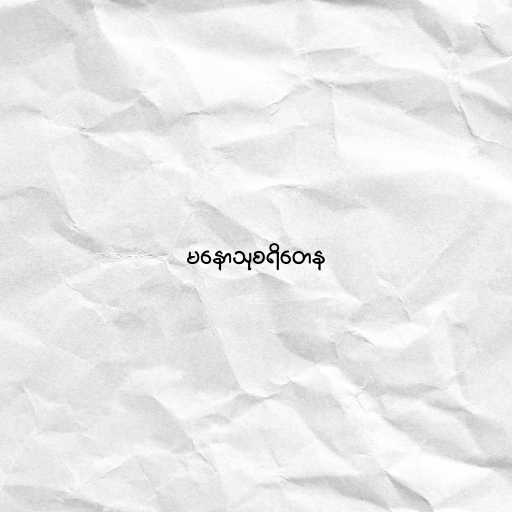
မနောသုစရိတေန